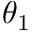
\theta _ { 1 }